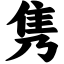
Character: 隽